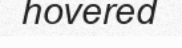
hovered